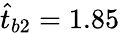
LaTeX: \hat{t}_{b2}=1.85